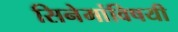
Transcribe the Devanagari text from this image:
सिनेमांविषयी